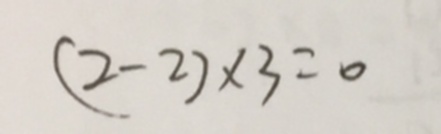
( 2 - 2 ) \times 3 = 0